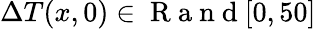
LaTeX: \Delta{T}(x,0)\in\mathrm{~R~a~n~d~}[0,50]